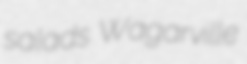
salads Wagarville